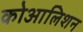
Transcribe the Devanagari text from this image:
कोआलिशन